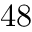
4 8